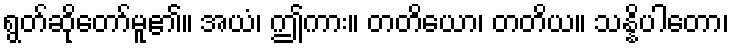
ရွတ်ဆိုတော်မူ၏။ အယံ၊ ဤကား။ တတိယော၊ တတိယ။ သန္နိပါတော၊